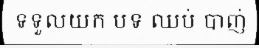
ទទួលយក បទ ឈប់ បាញ់